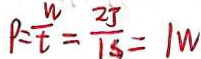
P = \frac { w } { t } = \frac { 2 J } { 1 S } = 1 W